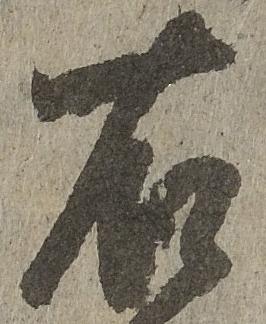
右